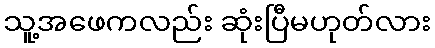
သူ့အဖေကလည်း ဆုံးပြီမဟုတ်လား